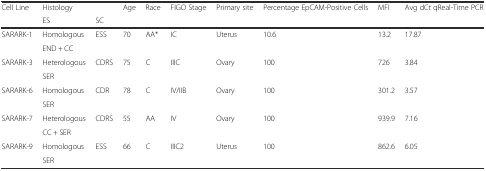
| Cell Line | Histology |  | Age | Race | FIGO Stage | Primary site | Percentage EpCAM-Positive Cells | MFI | Avg dCt qReal-Time PCR |
 |  | ES | SC |  |  |  |  |  |  |  |
 | --- | --- | --- | --- | --- | --- | --- | --- | --- | --- |
 | <ROWSPAN=2> SARARK-1 | Homologous | <ROWSPAN=2> ESS | <ROWSPAN=2> 70 | <ROWSPAN=2> AA* | <ROWSPAN=2> IC | <ROWSPAN=2> Uterus | <ROWSPAN=2> 10.6 | <ROWSPAN=2> 13.2 | <ROWSPAN=2> 17.87 |
 | END + CC |
 | <ROWSPAN=2> SARARK-3 | Heterologous | <ROWSPAN=2> CDRS | <ROWSPAN=2> 75 | <ROWSPAN=2> C | <ROWSPAN=2> IIIC | <ROWSPAN=2> Ovary | <ROWSPAN=2> 100 | <ROWSPAN=2> 726 | <ROWSPAN=2> 3.84 |
 | SER |
 | <ROWSPAN=2> SARARK-6 | Homologous | <ROWSPAN=2> CDR | <ROWSPAN=2> 78 | <ROWSPAN=2> C | <ROWSPAN=2> IV/IIB | <ROWSPAN=2> Ovary | <ROWSPAN=2> 100 | <ROWSPAN=2> 301.2 | <ROWSPAN=2> 3.57 |
 | SER |
 | <ROWSPAN=2> SARARK-7 | Heterologous | <ROWSPAN=2> CDRS | <ROWSPAN=2> 55 | <ROWSPAN=2> AA | <ROWSPAN=2> IV | <ROWSPAN=2> Ovary | <ROWSPAN=2> 100 | <ROWSPAN=2> 939.9 | <ROWSPAN=2> 7.16 |
 | CC + SER |
 | <ROWSPAN=2> SARARK-9 | Homologous | <ROWSPAN=2> ESS | <ROWSPAN=2> 66 | <ROWSPAN=2> C | <ROWSPAN=2> IIIC2 | <ROWSPAN=2> Uterus | <ROWSPAN=2> 100 | <ROWSPAN=2> 862.6 | <ROWSPAN=2> 6.05 |
 | SER |